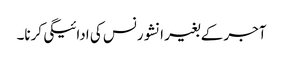
آجر کے بغیر انشورنس کی ادائیگی کرنا۔